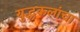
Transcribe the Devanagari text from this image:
युद्धकलांचा